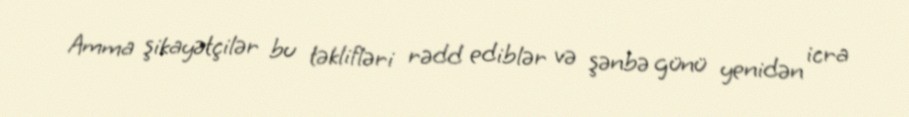
Amma şikayətçilər bu təklifləri rədd ediblər və şənbə günü yenidən icra